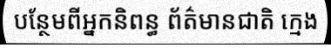
បន្ថែមពីអ្នកនិពន្ធ ព័ត៌មានជាតិ ក្មេង